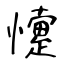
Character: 懥